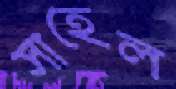
সাহেল